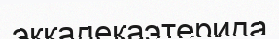
эккадекаэтерида